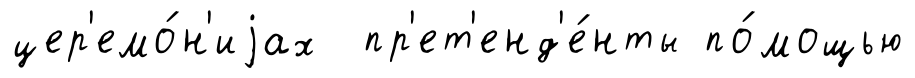
цер'емо́н'иjах пр'ет'енд'е́нты по́мощью